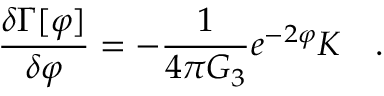
{ \frac { \delta \Gamma [ \varphi ] } { \delta \varphi } } = - { \frac { 1 } { 4 \pi G _ { 3 } } } e ^ { - 2 \varphi } K ~ ~ ~ .